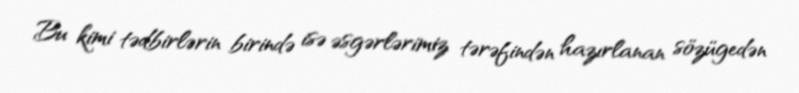
Bu kimi tədbirlərin birində isə əsgərlərimiz tərəfindən hazırlanan sözügedən